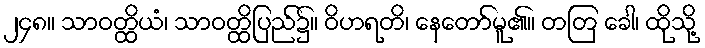
၂၄၈။ သာဝတ္ထိယံ၊ သာဝတ္ထိပြည်၌။ ဝိဟရတိ၊ နေတော်မူ၏။ တတြ ခေါ၊ ထိုသို့